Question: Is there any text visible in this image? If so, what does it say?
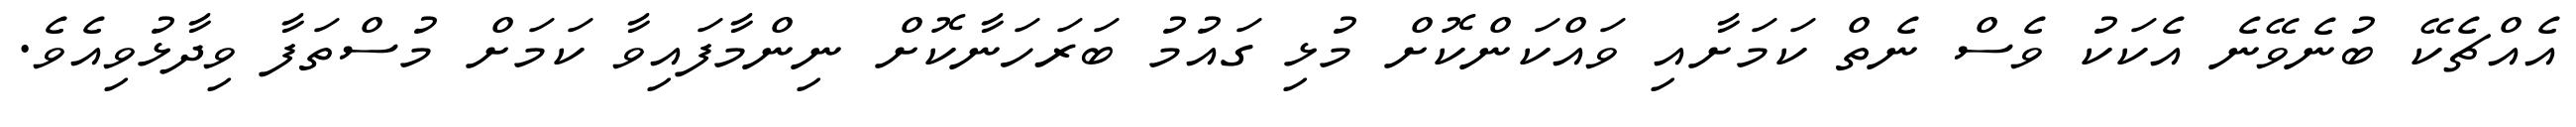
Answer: އެއްޗެކޭ ބުނެވޭނެ އެކަކު ވެސް ނެތް ކަމަށާއި ވައްކަންކޮށް މުޅި ގައުމު ބަރަހަނާކޮށް ނިންމާފައިވާ ކަމަށް މުސްތަފާ ވިދާޅުވިއެވެ.